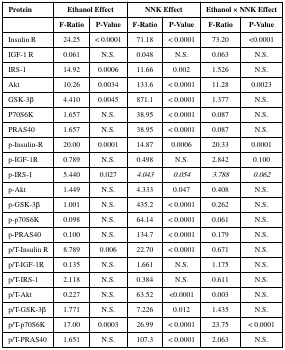
<table><thead><tr><td><b>Protein</b></td><td colspan="2"><b>Ethanol Effect</b></td><td colspan="2"><b>NNK Effect</b></td><td colspan="2"><b>Ethanol × NNKEffect</b></td></tr><tr><td></td><td><b>F-Ratio</b></td><td><b>P-Value</b></td><td><b>F-Ratio</b></td><td><b>P-Value</b></td><td><b>F-Ratio</b></td><td><b>P-Value</b></td></tr></thead><tbody><tr><td>Insulin R</td><td>24.25</td><td>&lt; 0.0001</td><td>71.18</td><td>&lt; 0.0001</td><td>73.20</td><td>&lt;0.0001</td></tr><tr><td>IGF-1 R</td><td>0.061</td><td>N.S.</td><td>0.048</td><td>N.S.</td><td>0.063</td><td>N.S.</td></tr><tr><td>IRS-1</td><td>14.92</td><td>0.0006</td><td>11.66</td><td>0.002</td><td>1.526</td><td>N.S.</td></tr><tr><td>Akt</td><td>10.26</td><td>0.0034</td><td>133.6</td><td>&lt; 0.0001</td><td>11.28</td><td>0.0023</td></tr><tr><td>GSK-3β</td><td>4.410</td><td>0.0045</td><td>871.1</td><td>&lt; 0.0001</td><td>1.377</td><td>N.S.</td></tr><tr><td>P70S6K</td><td>1.657</td><td>N.S.</td><td>38.95</td><td>&lt; 0.0001</td><td>0.087</td><td>N.S.</td></tr><tr><td>PRAS40</td><td>1.657</td><td>N.S.</td><td>38.95</td><td>&lt; 0.0001</td><td>0.087</td><td>N.S.</td></tr><tr><td>p-Insulin-R</td><td>20.00</td><td>0.0001</td><td>14.87</td><td>0.0006</td><td>20.33</td><td>0.0001</td></tr><tr><td>p-IGF-1R</td><td>0.789</td><td>N.S.</td><td>0.498</td><td>N.S.</td><td>2.842</td><td>0.100</td></tr><tr><td>p-IRS-1</td><td>5.440</td><td>0.027</td><td><i>4.043</i></td><td><i>0.054</i></td><td><i>3.788</i></td><td><i>0.062</i></td></tr><tr><td>p-Akt</td><td>1.449</td><td>N.S.</td><td>4.333</td><td>0.047</td><td>0.408</td><td>N.S.</td></tr><tr><td>p-GSK-3β</td><td>1.001</td><td>N.S.</td><td>435.2</td><td>&lt; 0.0001</td><td>0.262</td><td>N.S.</td></tr><tr><td>p-p70S6K</td><td>0.098</td><td>N.S.</td><td>64.14</td><td>&lt; 0.0001</td><td>0.061</td><td>N.S.</td></tr><tr><td>p-PRAS40</td><td>0.100</td><td>N.S.</td><td>134.7</td><td>&lt; 0.0001</td><td>0.179</td><td>N.S.</td></tr><tr><td>p/T-Insulin R</td><td>8.789</td><td>0.006</td><td>22.70</td><td>&lt; 0.0001</td><td>0.671</td><td>N.S.</td></tr><tr><td>p/T-IGF-1R</td><td>0.135</td><td>N.S.</td><td>1.661</td><td>N.S.</td><td>1.175</td><td>N.S.</td></tr><tr><td>p/T-IRS-1</td><td>2.118</td><td>N.S.</td><td>0.384</td><td>N.S.</td><td>0.611</td><td>N.S.</td></tr><tr><td>p/T-Akt</td><td>0.227</td><td>N.S.</td><td>63.52</td><td>&lt;0.0001</td><td>0.003</td><td>N.S.</td></tr><tr><td>p/T-GSK-3β</td><td>1.771</td><td>N.S.</td><td>7.226</td><td>0.012</td><td>1.435</td><td>N.S.</td></tr><tr><td>p/T-p70S6K</td><td>17.00</td><td>0.0003</td><td>26.99</td><td>&lt; 0.0001</td><td>23.75</td><td>&lt; 0.0001</td></tr><tr><td>p/T-PRAS40</td><td>1.651</td><td>N.S.</td><td>107.3</td><td>&lt; 0.0001</td><td>2.063</td><td>N.S.</td></tr></tbody></table>